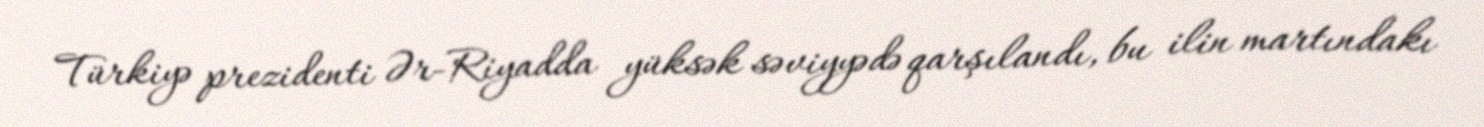
Türkiyə prezidenti Ər-Riyadda yüksək səviyyədə qarşılandı, bu ilin martındakı